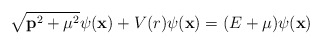
\begin{align*}\sqrt{{\bf p}^2 + {\mu}^2} \psi({\bf x}) + V(r) \psi({\bf x}) =(E+{\mu}) \psi({\bf x})\end{align*}